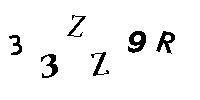
33ZZ9R